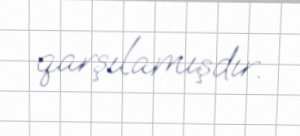
qarşılamışdır.